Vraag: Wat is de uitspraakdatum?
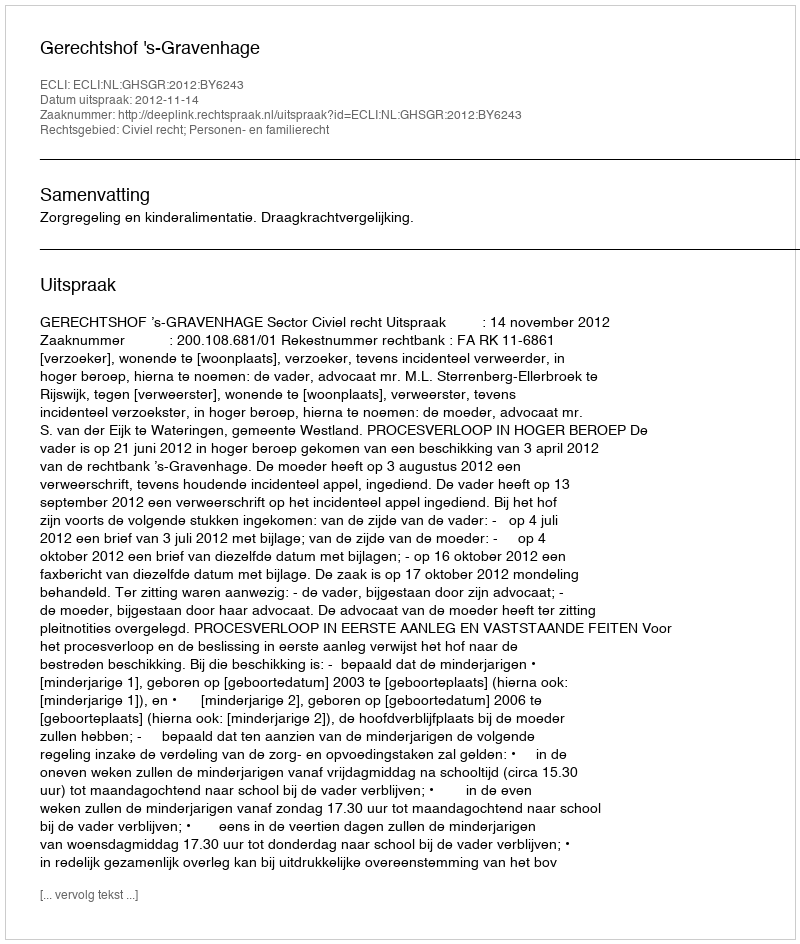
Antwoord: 2012-11-14